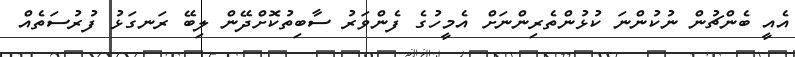
އެއީ ބެންޗުން ނުކުންނަ ކުޅުންތެރިންނަށް އެމީހުގެ ފެންވަރު ސާބިތުކޮށްދޭން ލިބޭ ރަނގަޅު ފުރުސަތެއް